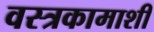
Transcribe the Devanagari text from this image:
वस्त्रकामाशी